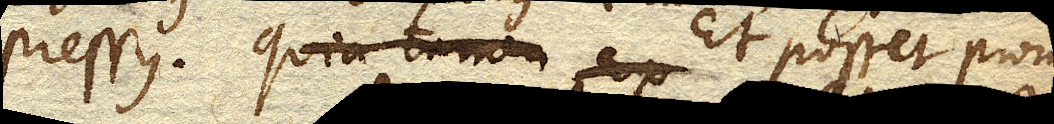
pressus. Quia tamen ex Et posset proin–